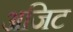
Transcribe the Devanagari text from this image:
अजिट